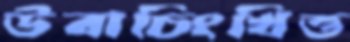
উবাচিংখিত্ত